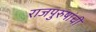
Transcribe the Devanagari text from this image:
राजपुरुषांची